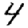
Digit: 4